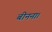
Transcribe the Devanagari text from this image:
बीनना।